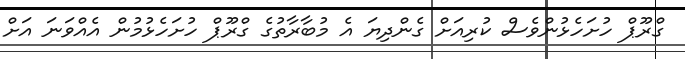
ގްރޫޕް ހުށަހެޅުންވެސް ކުރިއަށް ގެންދިޔަ އެ މުބާރާތުގެ ގްރޫޕް ހުށަހެޅުމުން އެއްވަނަ އަށް